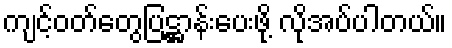
ကျင့်ဝတ်တွေပြဋ္ဌာန်းပေးဖို့ လိုအပ်ပါတယ်။